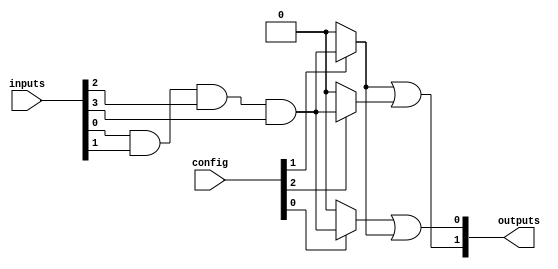
module PAL (
    input  wire [N-1:0] inputs,       // N input signals
    input  wire [M-1:0] config,       // M programming signals for AND gates
    output wire [O-1:0] outputs       // O output signals (from OR gates)
);

parameter N = 4; // Number of input lines
parameter M = 3; // Number of programmable AND gates
parameter O = 2; // Number of fixed OR gates

// Intermediate wires for AND gate outputs
wire [M-1:0] and_outputs; // Outputs from each programmable AND gate

// AND Array - Programmable AND gates
genvar i, j;
generate
    for (i = 0; i < M; i = i + 1) begin : and_array
        assign and_outputs[i] = (config[i] == 1'b1) ? 
            (inputs[0] & inputs[1] & inputs[2] & inputs[3]) : 1'b0; // Example AND gate functionality
    end
endgenerate

// OR Array - Fixed OR gates
wire [O-1:0] or_outputs; // Outputs from each OR gate
assign or_outputs[0] = and_outputs[0] | and_outputs[1]; // OR gate 1
assign or_outputs[1] = and_outputs[1] | and_outputs[2]; // OR gate 2

// Final outputs
assign outputs = or_outputs;

endmodule